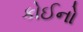
કોઈનો